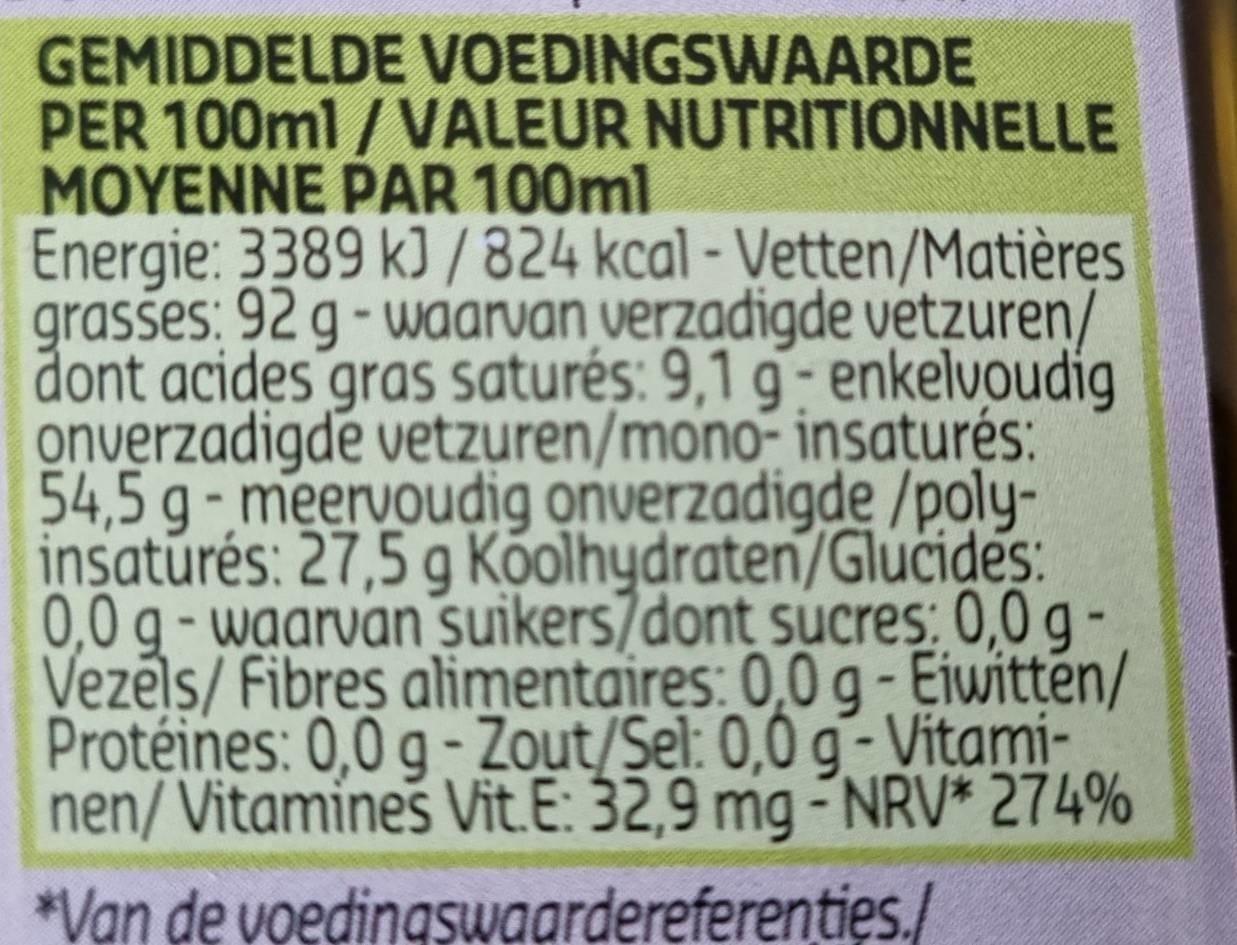
GEMIDDELDE VOEDINGSWAARDE
PER 100ml/VALEUR NUTRITIONNELLE MOYENNE PAR 100ml
Energie: 3389 kJ / 824 kcal - Vetten/Matières grasses: 92 g - waarvan verzadigde vetzuren/ dont acides gras saturés: 9,1 g- enkelvoudig onverzadigde vetzuren/mono- insaturés: 54,5 g-meervoudig onverzadigde/polyinsaturés: 27,5 g Koolhydraten/Glucides: 0,0 g-waarvan suikers/dont sucres: 0,0 gVezels/Fibres alimentaires: 0,0 g - Eiwitten/ Protéines: 0,0 g-Zout/Sel: 0,0 g-Vitaminen/Vitamines Vit.E: 32,9 mg -NRV* 274% *Van de voedingswaardereferenties./